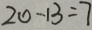
2 0 - 1 3 = 7